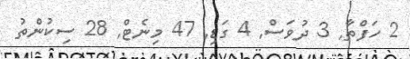
2 ހަފްތާ